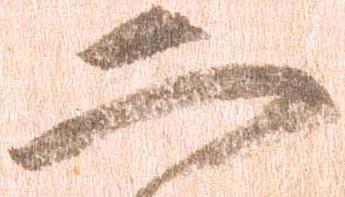
二